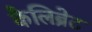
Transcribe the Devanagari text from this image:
कैलिब्रेट